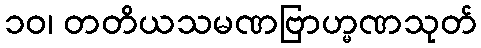
၁၀၊ တတိယသမဏဗြာဟ္မဏသုတ်